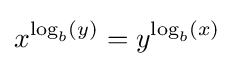
x^{\log _{b}(y)}=y^{\log _{b}(x)}